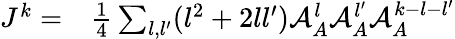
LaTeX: \begin{array}{rl}{J^{k}=}&{{}\frac{1}{4}\sum_{{l},{l^{\prime}}}({l}^{2}+2{l}{l^{\prime}})\mathcal{A}_{A}^{l}\mathcal{A}_{A}^{l^{\prime}}\mathcal{A}_{A}^{k-{l}-{l^{\prime}}}}\end{array}